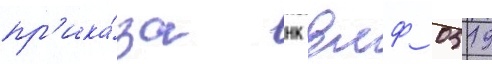
пр'ика́за нк вмф 0519